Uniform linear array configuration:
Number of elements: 64
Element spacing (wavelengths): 0.5
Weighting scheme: hann
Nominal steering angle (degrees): -60
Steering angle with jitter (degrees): -59.881
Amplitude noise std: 0.05
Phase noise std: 0.05

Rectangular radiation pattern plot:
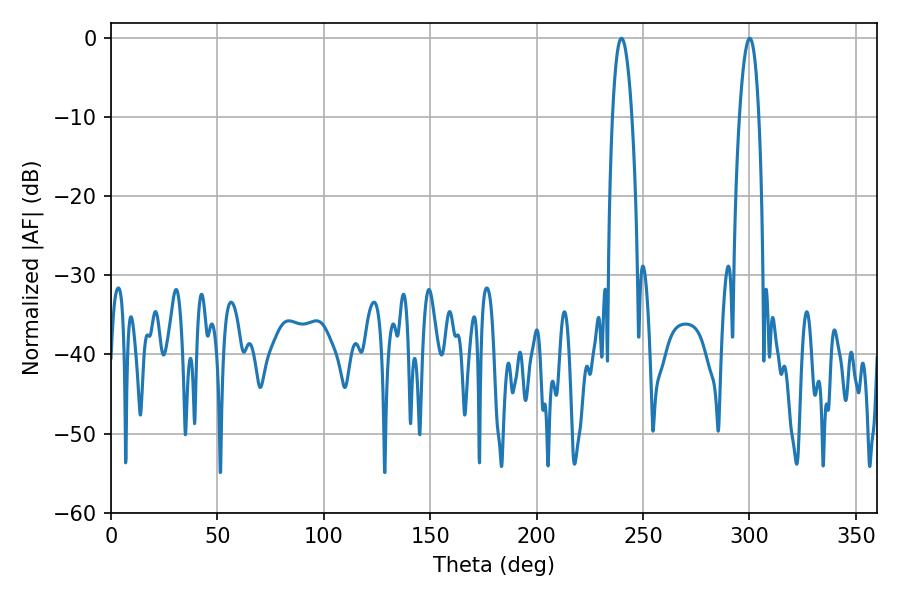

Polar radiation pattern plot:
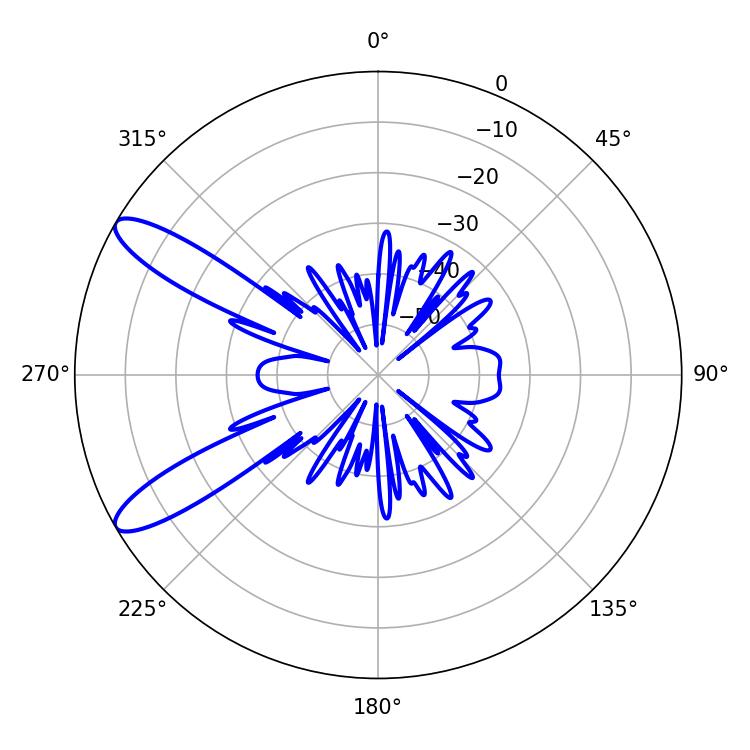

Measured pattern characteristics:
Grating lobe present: FALSE
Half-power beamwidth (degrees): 5.04
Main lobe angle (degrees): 300.06